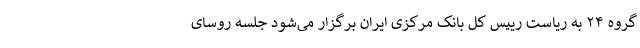
گروه ۲۴ به ریاست رییس کل بانک مرکزی ایران برگزار می‌شود جلسه روسای